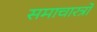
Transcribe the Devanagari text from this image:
समाचारत्रों